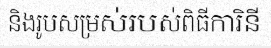
និងរូបសម្រស់របស់ពិធីការិនី